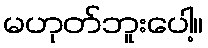
မဟုတ်ဘူးပေါ့။